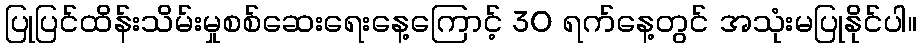
ပြုပြင်ထိန်းသိမ်းမှုစစ်ဆေးရေးနေ့ကြောင့် 30 ရက်နေ့တွင် အသုံးမပြုနိုင်ပါ။